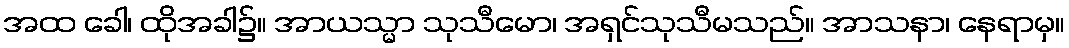
အထ ခေါ၊ ထိုအခါ၌။ အာယသ္မာ သုသီမော၊ အရှင်သုသီမသည်။ အာသနာ၊ နေရာမှ။